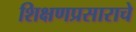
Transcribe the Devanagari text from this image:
शिक्षणप्रसाराचे